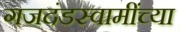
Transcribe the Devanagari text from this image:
गजदंडस्वामींच्या